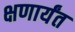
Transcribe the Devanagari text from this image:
क्षणार्यंत